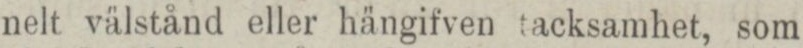
nelt välstånd eller hängifven tacksamhet, som